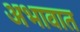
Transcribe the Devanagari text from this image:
अभावात